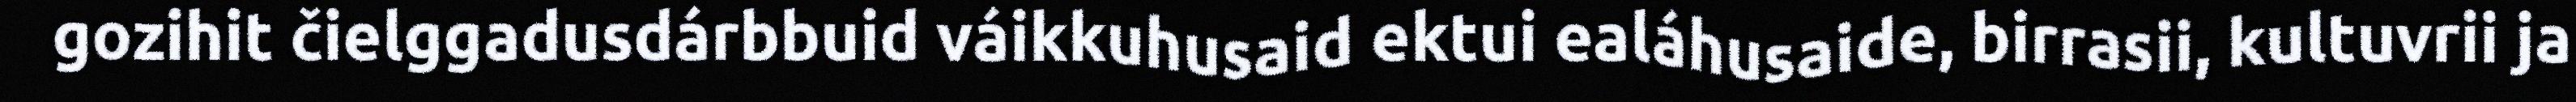
gozihit čielggadusdárbbuid váikkuhusaid ektui ealáhusaide, birrasii, kultuvrii ja